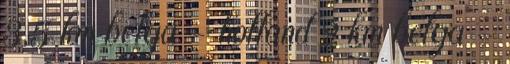
3,5 km belga - holland 2 km belga -